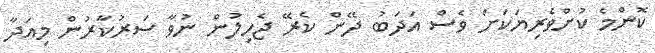
ކޮންމެ ކުށްވެރިޔަކަށް ވެސް އަދަބު ދޭން ކެރޭ ޖެހިލުން ނުވާ ސަރުކާރުން މިއަދާ